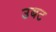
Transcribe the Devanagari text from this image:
उबट